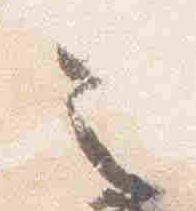
令